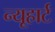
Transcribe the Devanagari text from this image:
न्यूहार्ट